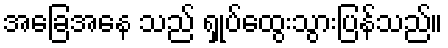
အခြေအနေ သည် ရှုပ်ထွေးသွားပြန်သည်။